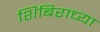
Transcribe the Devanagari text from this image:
शिबिराच्या